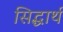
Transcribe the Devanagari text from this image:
सिद्धार्थ